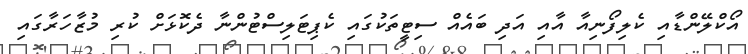
އޯކްލޭންޑާއި ކެލިފޯނިއާ އާއި އަދި ބައެއް ސިޓީތަކުގައި ކެޕިޓަލިސްޓުންނާ ދެކޮޅަށް ކުރި މުޒާހަރާގައި